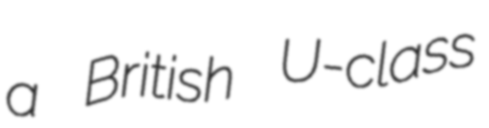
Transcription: a British U-class